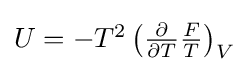
{\textstyle U=-T^{2}\left({\frac {\partial }{\partial T}}{\frac {F}{T}}\right)_{V}}